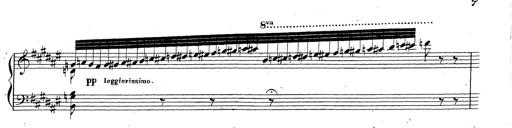
Title: Canzone Napolitana
Composer: Franz Liszt